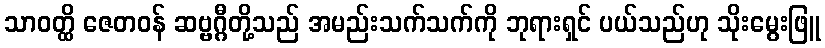
သာဝတ္ထိ ဇေတဝန် ဆဗ္ဗဂ္ဂီတို့သည် အမည်းသက်သက်ကို ဘုရားရှင် ပယ်သည်ဟု သိုးမွေးဖြူ